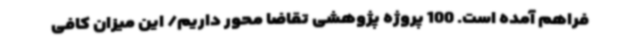
فراهم آمده است. 100 پروژه پژوهشی تقاضا محور داریم/ این میزان کافی